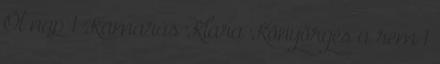
Öt nap 1 Kamarás Klára Könyörgés a rem 1